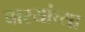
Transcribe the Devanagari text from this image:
वार्‍यांच्या